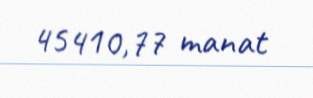
45410,77 manat